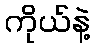
ကိုယ်နဲ့